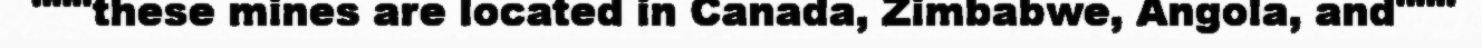
"""these mines are located in Canada, Zimbabwe, Angola, and"""